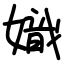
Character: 嬂